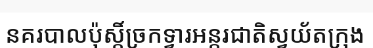
នគរបាលប៉ុស្តិ៍ច្រកទ្វារអន្តរជាតិស្វយ័តក្រុង